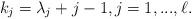
LaTeX: \begin{align*} k_j=\lambda_j+j-1, j=1,...,\ell.\end{align*}